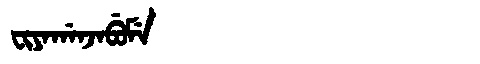
Manchu: ᠸᡳᠶᠠᡤᠠᠨᠵᠠᠪᡠᠮᡝ
Romanization: FIYAGANJABUME